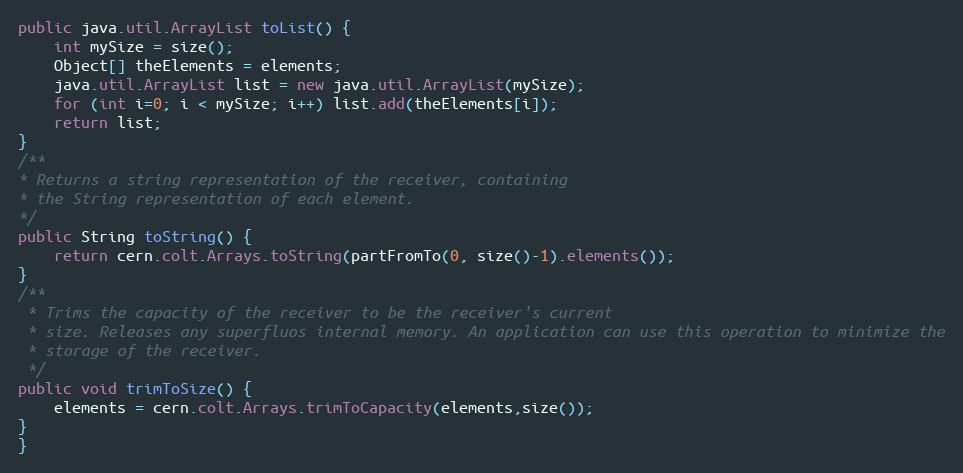
Language: Java
public java.util.ArrayList toList() {
	int mySize = size();
	Object[] theElements = elements;
	java.util.ArrayList list = new java.util.ArrayList(mySize);
	for (int i=0; i < mySize; i++) list.add(theElements[i]);
	return list;
}
/**
* Returns a string representation of the receiver, containing
* the String representation of each element.
*/
public String toString() {
	return cern.colt.Arrays.toString(partFromTo(0, size()-1).elements());
}
/**
 * Trims the capacity of the receiver to be the receiver's current
 * size. Releases any superfluos internal memory. An application can use this operation to minimize the
 * storage of the receiver.
 */
public void trimToSize() {
	elements = cern.colt.Arrays.trimToCapacity(elements,size());
}
}